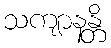
သကျာနန္တိ